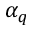
\alpha _ { q }